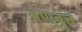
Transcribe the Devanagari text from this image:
अणुवृत्त